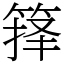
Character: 箨